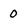
Character: 0